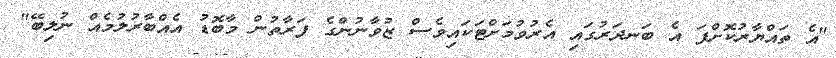
"އެ ތައްޔާރުކޮށްފަ އެ ބަނދަރުގައި އެރުވުމަށްޓަކައިވެސް ޒުވާނުންގެ ފަރާތުން މާބޮޑު އެއްބާރުލުމެއް ނުލިބޭ"